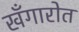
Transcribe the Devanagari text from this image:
खँगारोत